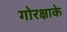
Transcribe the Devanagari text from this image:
गोरक्षाके